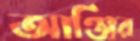
আঞ্জির